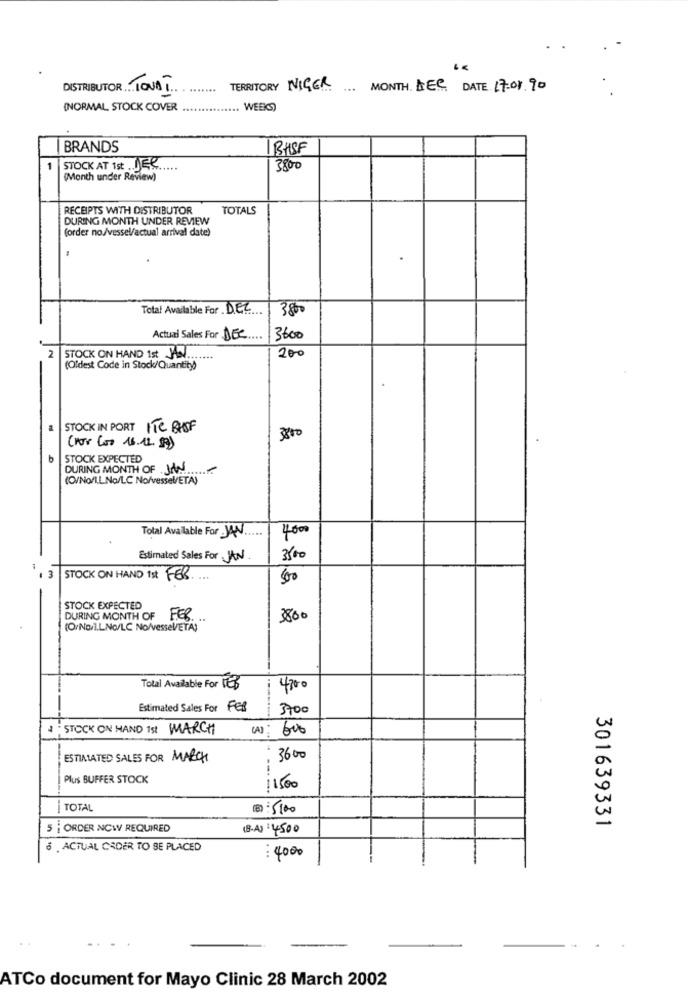
1.
DISTRIBUTOR TOVAT
.....
TERRITORY NIGER MONTH. DEC DATE 17.08.90
(NORMAL STOCK COVER
.. WEEKS)
BRANDS
BASF
1
STOCK AT 1st JEK
3800
(Month under Review)
RECEIPTS WITH DISTRIBUTOR
TOTALS
DURING MONTH UNDER REVIEW
(order no/vessel/actual arrival date)
Total Available For DEL
3800
Actual Sales For DEC
....
3600
2
200
STOCK ON HAND 1st JAN ........
(Oldest Code in Stock/Quantity
STOCK IN PORT ITE BHSF
(Kir Kus 16.12.99)
3800
STOCK EXPECTED
DURING MONTH OF . J ..........
(O/No/L.LNa/LC No/vessel/ETA)
Total Available For JAN.
4000
Estimated Sales For JAN
3500
3 STOCK ON HAND 1st FEB.
50
STOCK EXPECTED
DURING MONTH OF FEB
. ..
3800
(O/Nor].LNo/LC No/vessel/ETA)
Total Available For FEB
4300
Estimated Sales For Fel
3700
4 . STOCK ON HAND 1st MARCH
(A): 000
ESTIMATED SALES FOR MARCH
3600
Plus BUFFER STOCK
11500
TOTAL
(B) : 5100
301639331
5 ; ORDER NOW REQUIRED
(B-A) : 4500
6 . ACTUAL CADER TO BE PLACED
: 4000
ATCo document for Mayo Clinic 28 March 2002